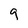
Character: 9